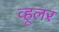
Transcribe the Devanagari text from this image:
व्हूलर